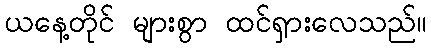
ယနေ့တိုင် များစွာ ထင်ရှားလေသည်။